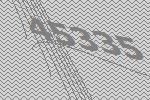
45335